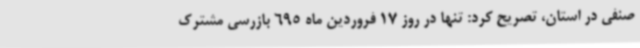
صنفی در استان، تصریح کرد: تنها در روز 17 فروردین ماه 695 بازرسی مشترک